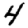
Digit: 4